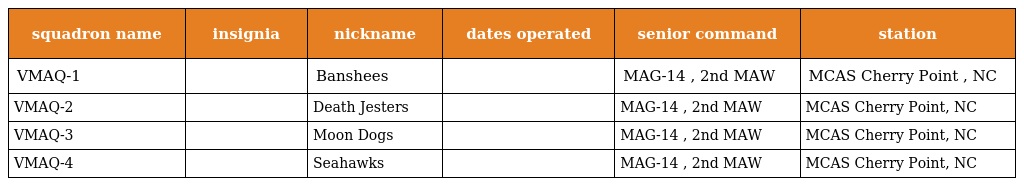
| squadron name | insignia | nickname | dates operated | senior command | station |
 | --- | --- | --- | --- | --- | --- |
 | VMAQ-1 |  | Banshees |  | MAG-14 , 2nd MAW | MCAS Cherry Point , NC |
 | VMAQ-2 |  | Death Jesters |  | MAG-14 , 2nd MAW | MCAS Cherry Point, NC |
 | VMAQ-3 |  | Moon Dogs |  | MAG-14 , 2nd MAW | MCAS Cherry Point, NC |
 | VMAQ-4 |  | Seahawks |  | MAG-14 , 2nd MAW | MCAS Cherry Point, NC |